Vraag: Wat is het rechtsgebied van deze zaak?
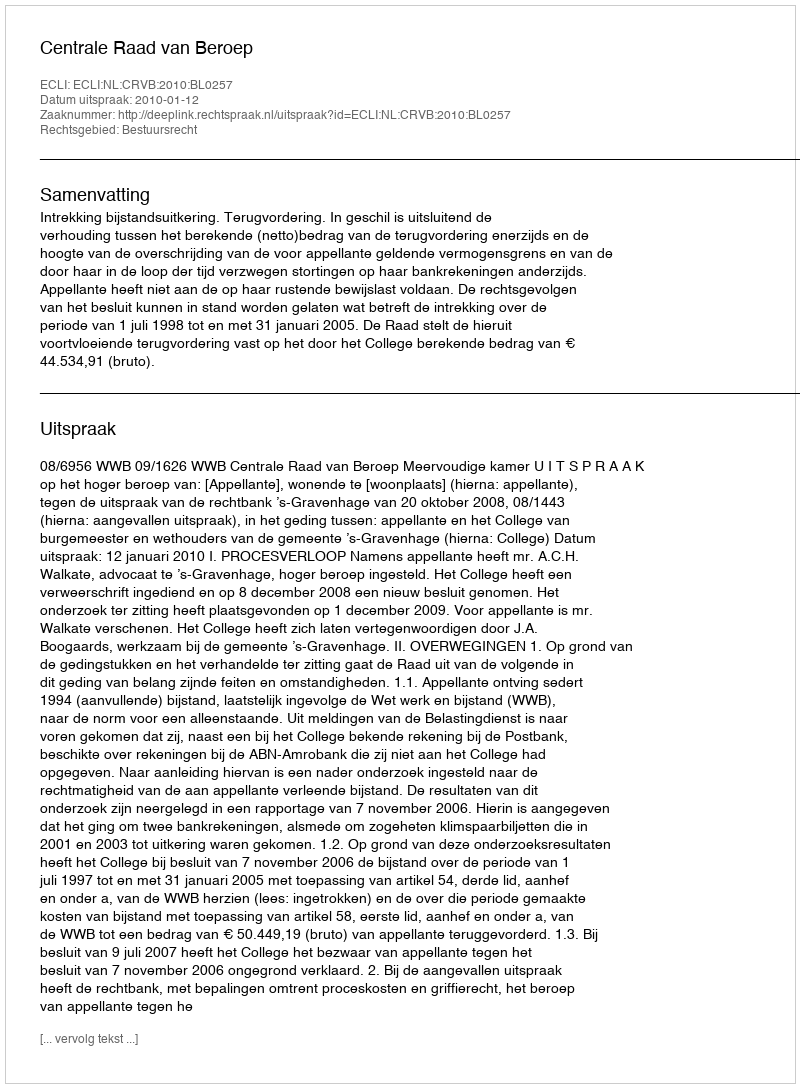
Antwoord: Bestuursrecht